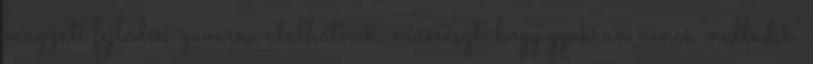
magzati fejlődési zavarra utalhatnak, másrészt, hogy gyakran nincs "nulladik"